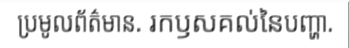
ប្រមូលព័ត៌មាន. រកឫសគល់នៃបញ្ហា.